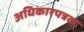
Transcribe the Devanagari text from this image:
अधिकारपत्रक